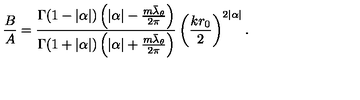
\frac { B } { A } = \frac { \Gamma ( 1 - | \alpha | ) \left( | \alpha | - \frac { m \bar { \lambda } _ { \theta } } { 2 \pi } \right) } { \Gamma ( 1 + | \alpha | ) \left( | \alpha | + \frac { m \bar { \lambda } _ { \theta } } { 2 \pi } \right) } \left( \frac { k r _ { 0 } } { 2 } \right) ^ { 2 | \alpha | } .